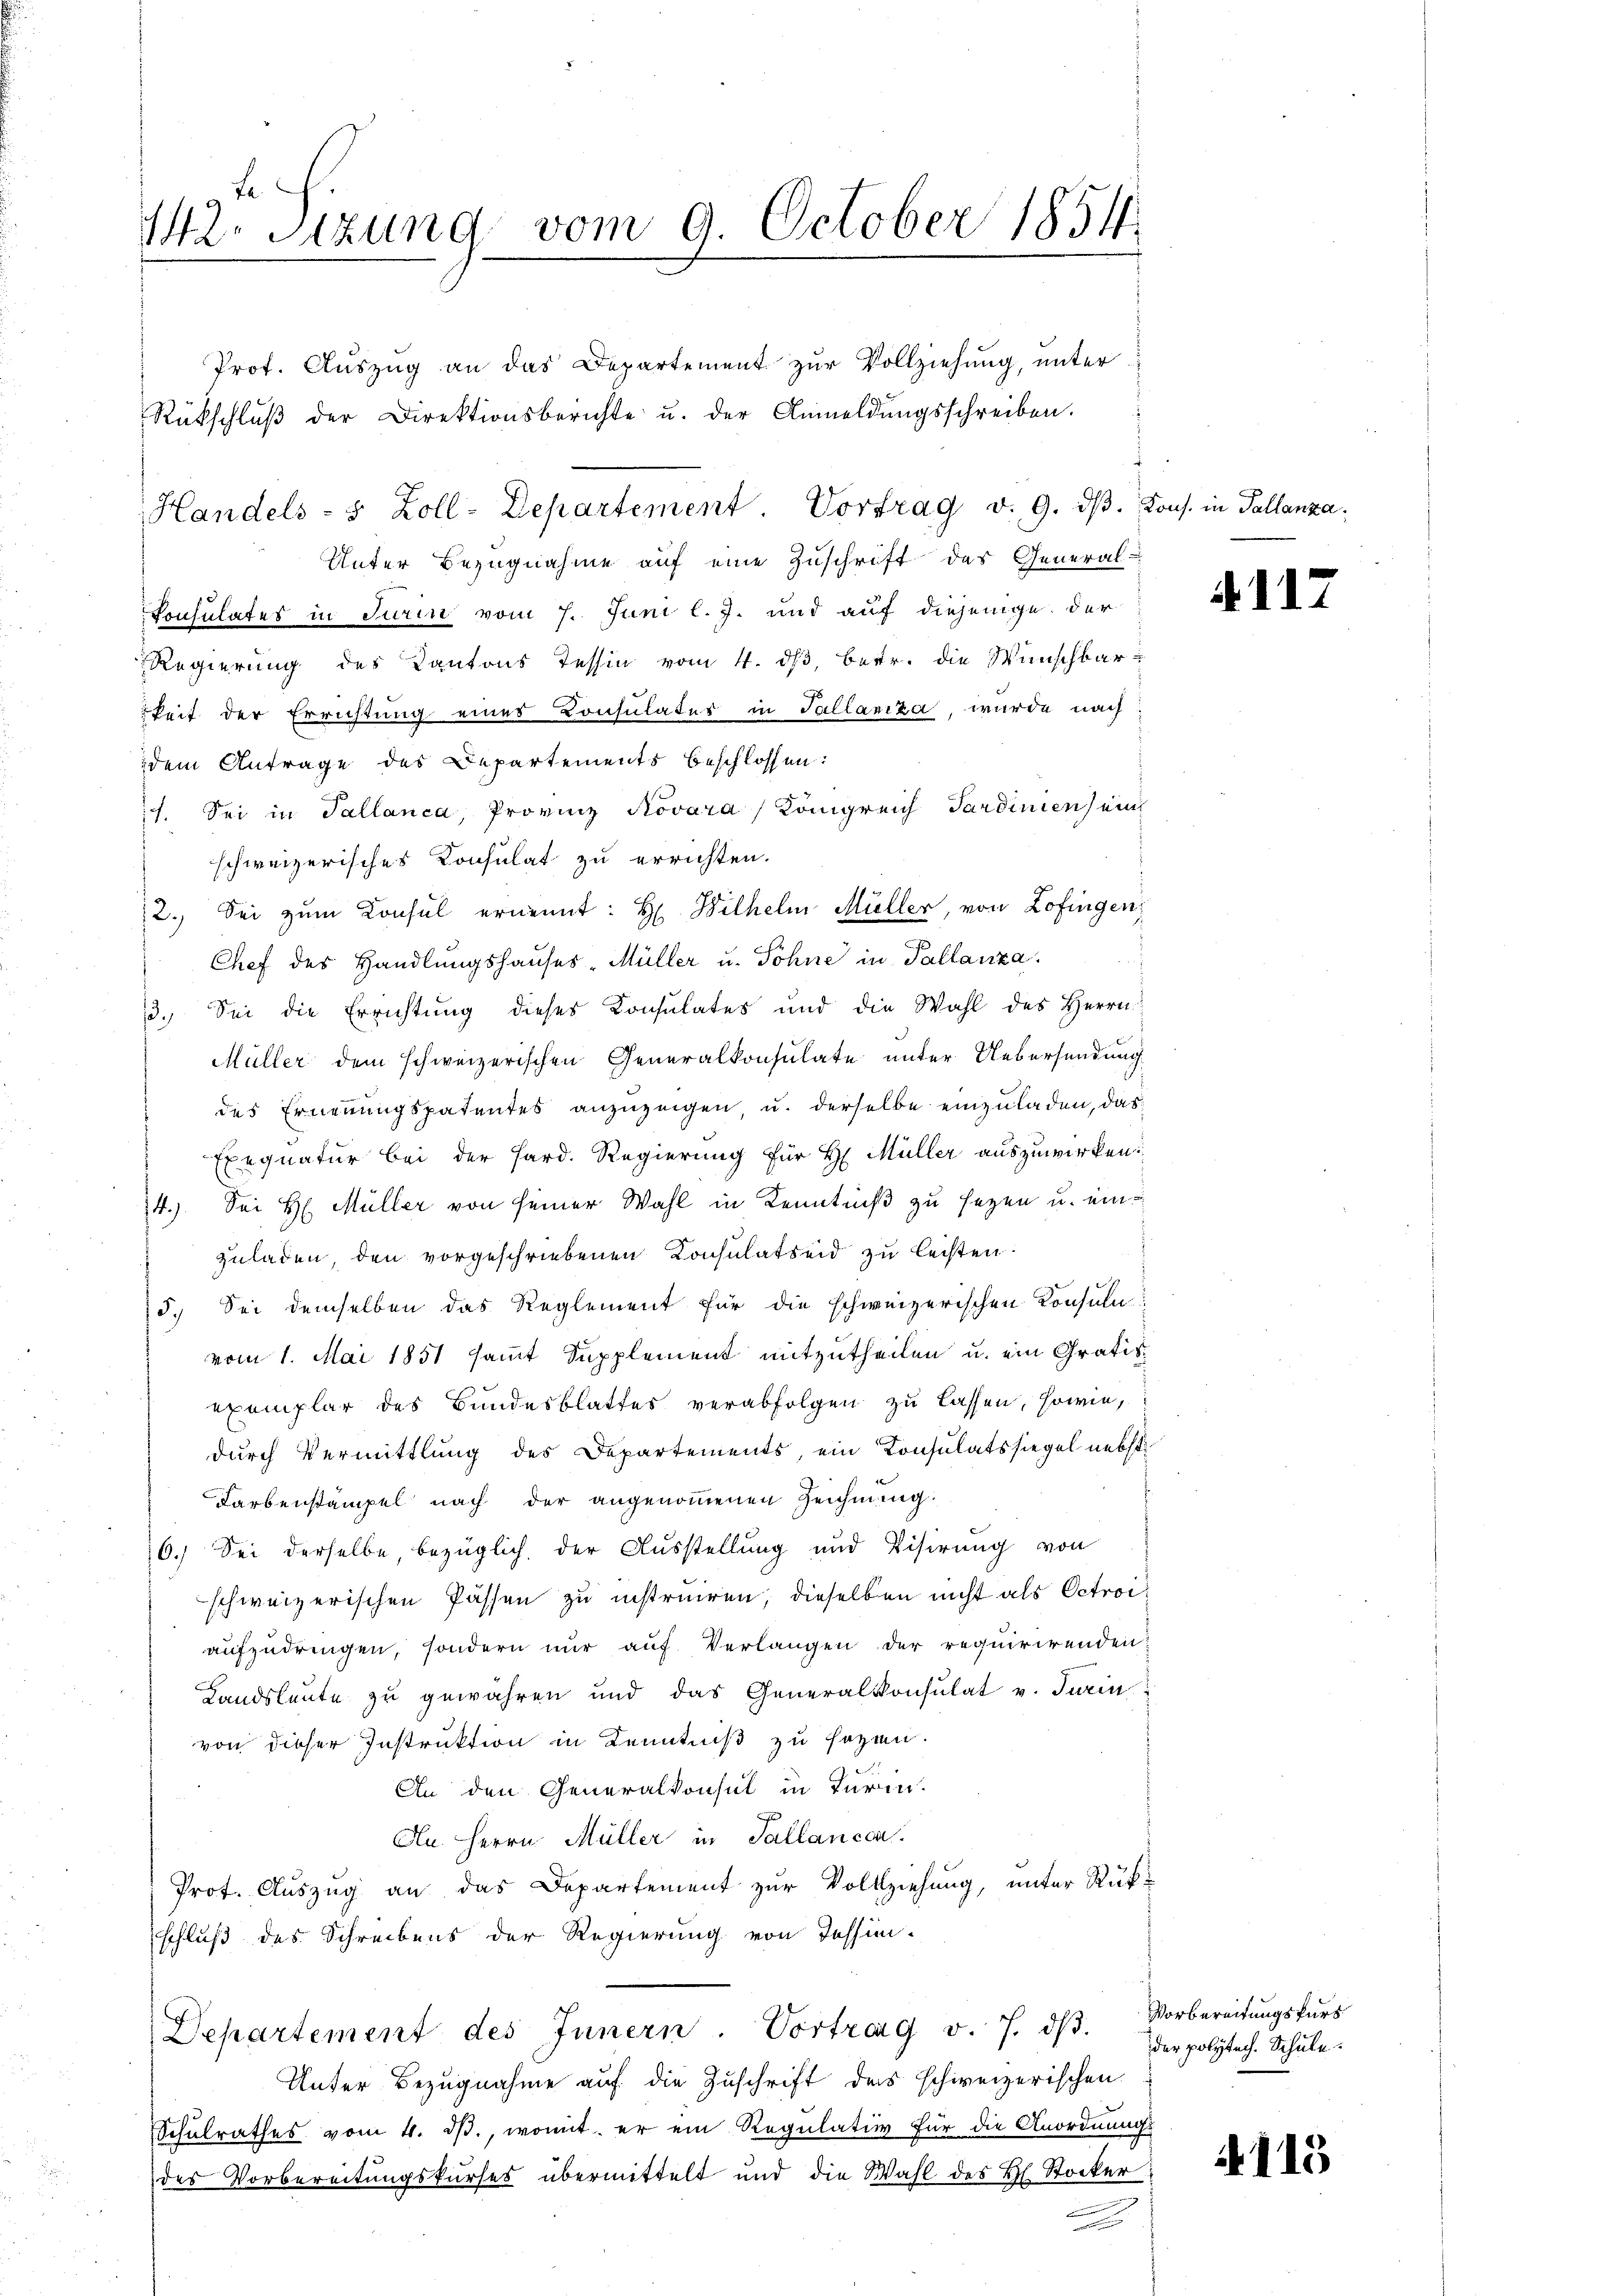
142. Sizung vom 9. October 1854.

Rückschlŭβ der Direktionsberichte u. der Anmeldŭngsschreiben.
Unter Bezugnahme auf eine Zuschrift des General-
Konsulates in Turin vom 7. Juni l. J. und auf diejenige der
Regierung des Kantons Tessin vom 4. ds, betr. die Wünschbarkeit der Errichtung eines Consulatur in Tallaniza, wurde nach
dem Antrage des Departements beschlossen:
17. Sei in Tallanca, Provinz Novara, Königreich Sardinien ein
schweizerisches Konsulat zu errichten.
2.) Sei zum Konsul ernennt: H. Wilhelm Müller, von Zofingen,
Chef der Handlungshauses, Müller u. Söhne in Pallanza.
13. Sei die Errichtung dieses Konsulates und die Wahl des Herrn
Müller dem schweizerischen Generalkonsulate unter Uebersendung
des Ernennungspatentes anzuzeigen u. derselbe einzuladen, das¬
Exequatur bei der Hard. Regierung für H. Müller auszuwirken:
14.) Sei H. Müller von seiner Wahl in Kenntniß zu sezen u. einzuladen, den vorgeschriebenen Consulatseid zu leisten:
5.) Sei demselben das Reglement für die schweizerischen Konsul
vom 1. Mai 1851 sammt Supplement mitzutheilen u. ein Gratis
exemplar des Bundesblattes verabfolgen zu lassen, sowie,
durch Vermittlung des Departements, ein Konsulatssiegel nebst
Farbenstampel nach der angenommenen Zeichnung.
6.) Sei derselbe, bezüglich der Ausstellung und Visirung von
schweizerischen Passen zu instruiren, dieselben nicht als Octroi
aufzudringen, sondern nur auf Verlangen der requirirenden:
Landsleute zu gewähren und das Generalkonsulat v. Turin
von dieser Instruktion in Kenntniß zu sezten.
An den Generalkonsul in Turin.
An Herrn Müller in Pallancca.
Prot. Auszug an das Departement zur Vollziehung, unter Rükschluß des Schreibens der Regierung von Tessini.
Departement des Innern. Vortrag v. 7. dβ. Vorbereitŭngskŭrs
Unter Bezugnahme auf die Zuschrift das schweizerischen
Schulrathes vom 4. ds., womit er ein Regulativ für die Anordnungs
des Vorbereitungskurses übermittelt und die Wahl des Hl. Stocker
n

Prof. Auszug an das Departement zur Vollziehung, unter

Handels- & Zoll-Departement. Vortrag v. 9. dβ. Kons. in Pallanza

4117

der polytech. Schule.

4115